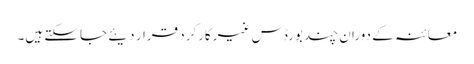
معائنہ کے دوران چند بورڈس غیرکارکرد قرار دیئے جاسکتے ہیں۔